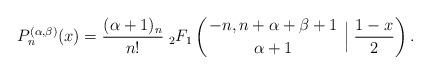
LaTeX: \begin{align*} P_{n}^{(\alpha,\beta)}(x)=\frac{(\alpha+1)_{n}}{n!}\; {}_2F_{1}\left( \genfrac{}{}{0pt}{}{-n,n+\alpha+\beta+1}{\alpha+1} \;\Big \rvert \; \frac{1-x}{2} \right).\end{align*}